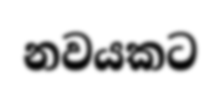
නවයකට